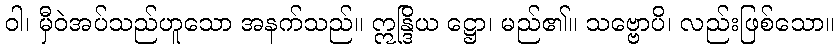
ဝါ၊ မှီဝဲအပ်သည်ဟူသော အနက်သည်။ ဣန္ဒြိယ ဋ္ဌော၊ မည်၏။ သဗ္ဗောပိ၊ လည်းဖြစ်သော။